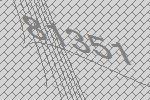
81351